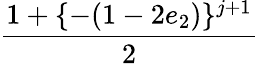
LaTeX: \displaystyle\frac{1+\{ -(1-2e_{2})\} ^{j+1}}{2}